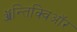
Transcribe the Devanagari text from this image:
ॲन्तिक्विऑर